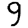
Digit: 9